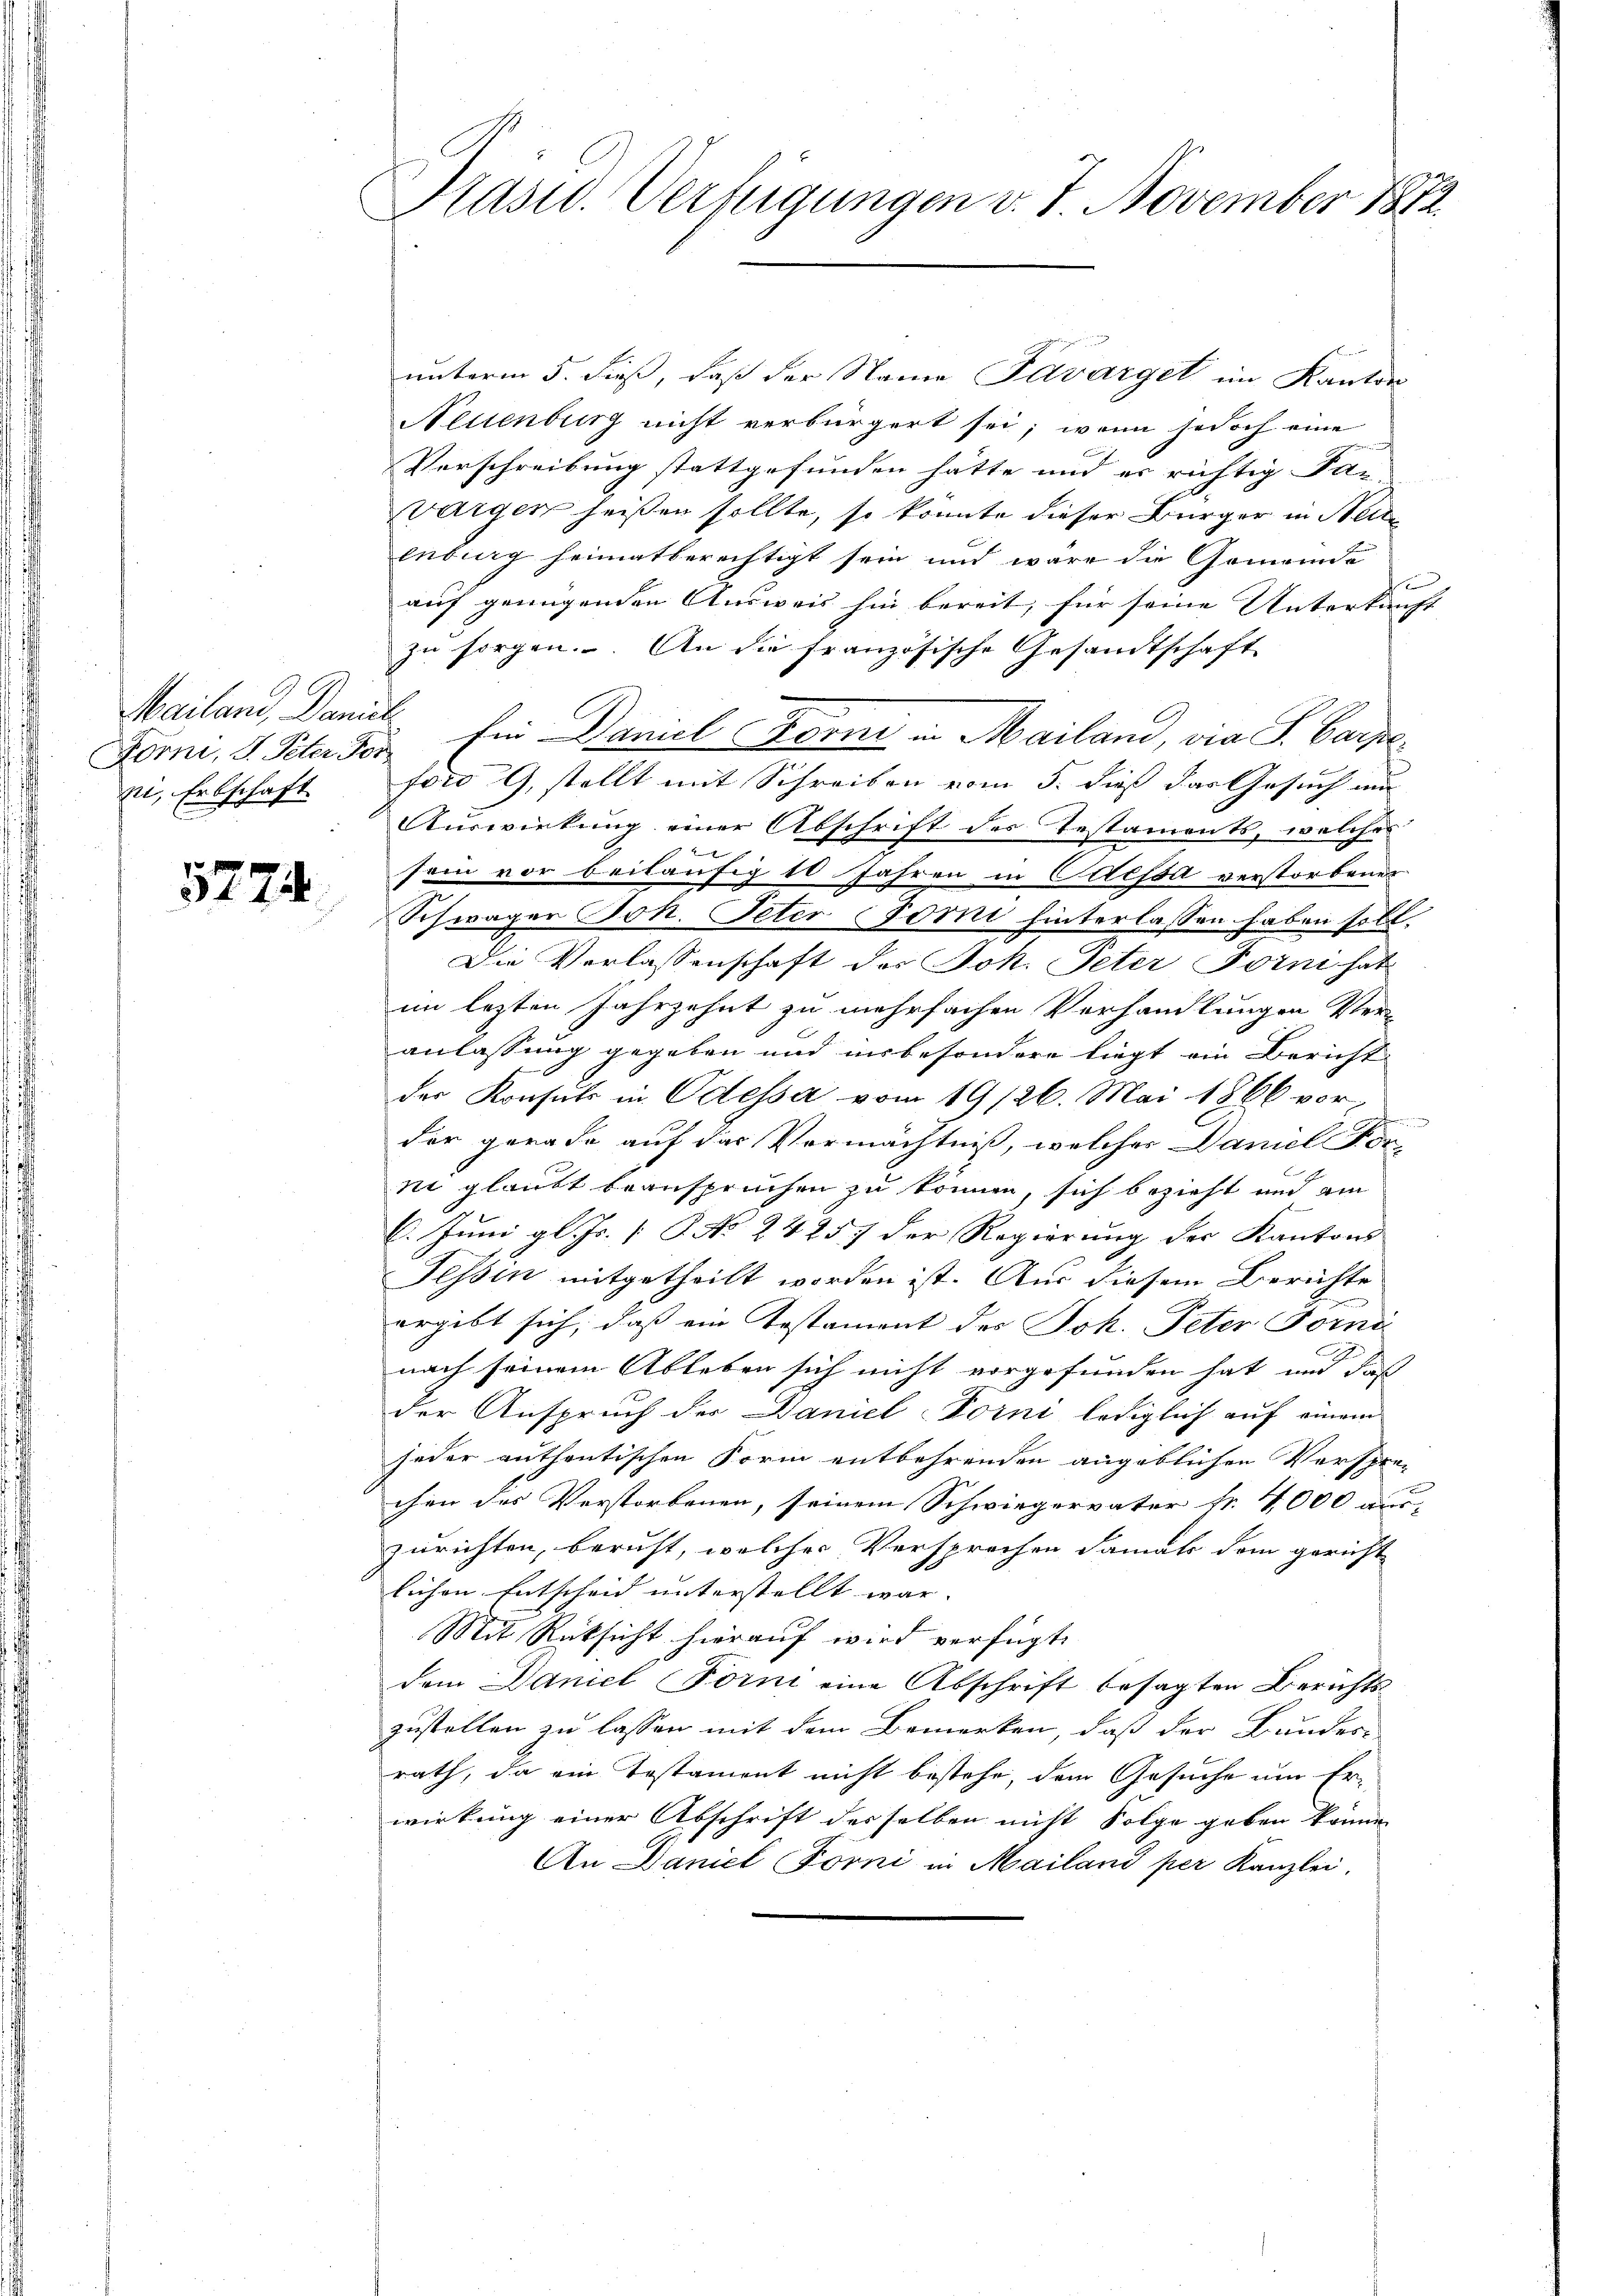
Mailand, Damit
ni, Erbschaft.

5774.

Präsid. Verfügungen v. 7. November 1812.

unterm 5. dieß, daß der Name Favarget im Kanton
Neuenburg nicht verbürgert sei; wenn jedoch eine
Verschreibung stattgefunden hätte und er richtig da- |
wargen heißen sollte, so könnte dieser Bürger in Neide
enberg heimatberechtigt sein und wäre die Gemeinde
e
auf genügenden Ausweis hin bereit, für seine Unterkunft
zu sorgen. An die französische Gesandtschaft |
Forni, u. Peter der Ein Daniel Forni in Mailand, via S. Carpe
ford 9, stellt mit Schreiben vom 5. dieß das Gesuch au
Auswirkung einer Abschrift des Testaments, welches
x
sein vor beiläufig 10 Jahren in Cilijod verstorbener
Schwager Joh. Peter Torni hinterlassen haben soll.
Die Verlassenschaft des Joh. Peter Form hat
im lezten Jahrzehnt zu mehrfachen Verhandlungen Ver-
anlassung gegeben und insbesondere liegt ein Bericht
der Konsuls in Odessa vom 19/26. Mai 1866 vorder gerade auf das Vermächtniß, welcher Daniel Porni glaubt beanspruchen zu können, sich bezieht und ain
6. Juni gl. Js. [P. No 24257 der Regierung der Kantons
Fessen mitgetheilt worden ist. Aus diesem Berichte
ergibt sich, daß ein Testament des Joh. Peter Forna
nach seinem Ableben sich nicht vorgefunden hat und daß
der Anspruch der Daniel-Forni lediglich auf einem
jeder authentischen Form entbehrenden angeblichen Verspre-
chen des Verstorbenen, seinem Schwiegervater fr. 4000 aus-
zurichten, beruft, welches Versprochen damals dem gericht
lichen Entscheid unterstellt war. |
Mit Rücksicht hierauf wird verfügt:
dem Daniel Forni eine Abschrift besagten Berichtszustellen zu lassen mit dem Bemerken, daß der Bunder-
rath, da ein Testament nicht bestehe, dem Gesuche um Er-
wirkung einer Abschrift desselben nicht Folge geben können
An Daniel Forni in Mailand per Kanzlei.